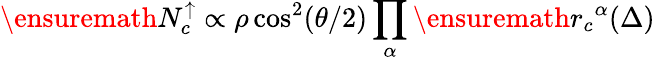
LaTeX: \ensuremath{N_{c}^{\uparrow}}\propto\rho\cos^{2}(\theta/2)\prod_{\alpha}\ensuremath{r_{c}}^{\alpha}(\Delta)